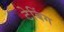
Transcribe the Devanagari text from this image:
टेबिंग